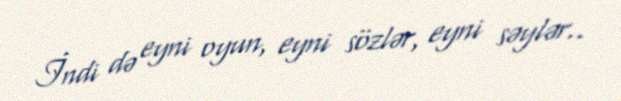
İndi də eyni oyun, eyni sözlər, eyni səylər..